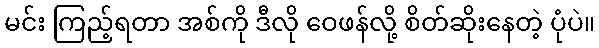
မင်း ကြည့်ရတာ အစ်ကို ဒီလို ဝေဖန်လို့ စိတ်ဆိုးနေတဲ့ ပုံပဲ။